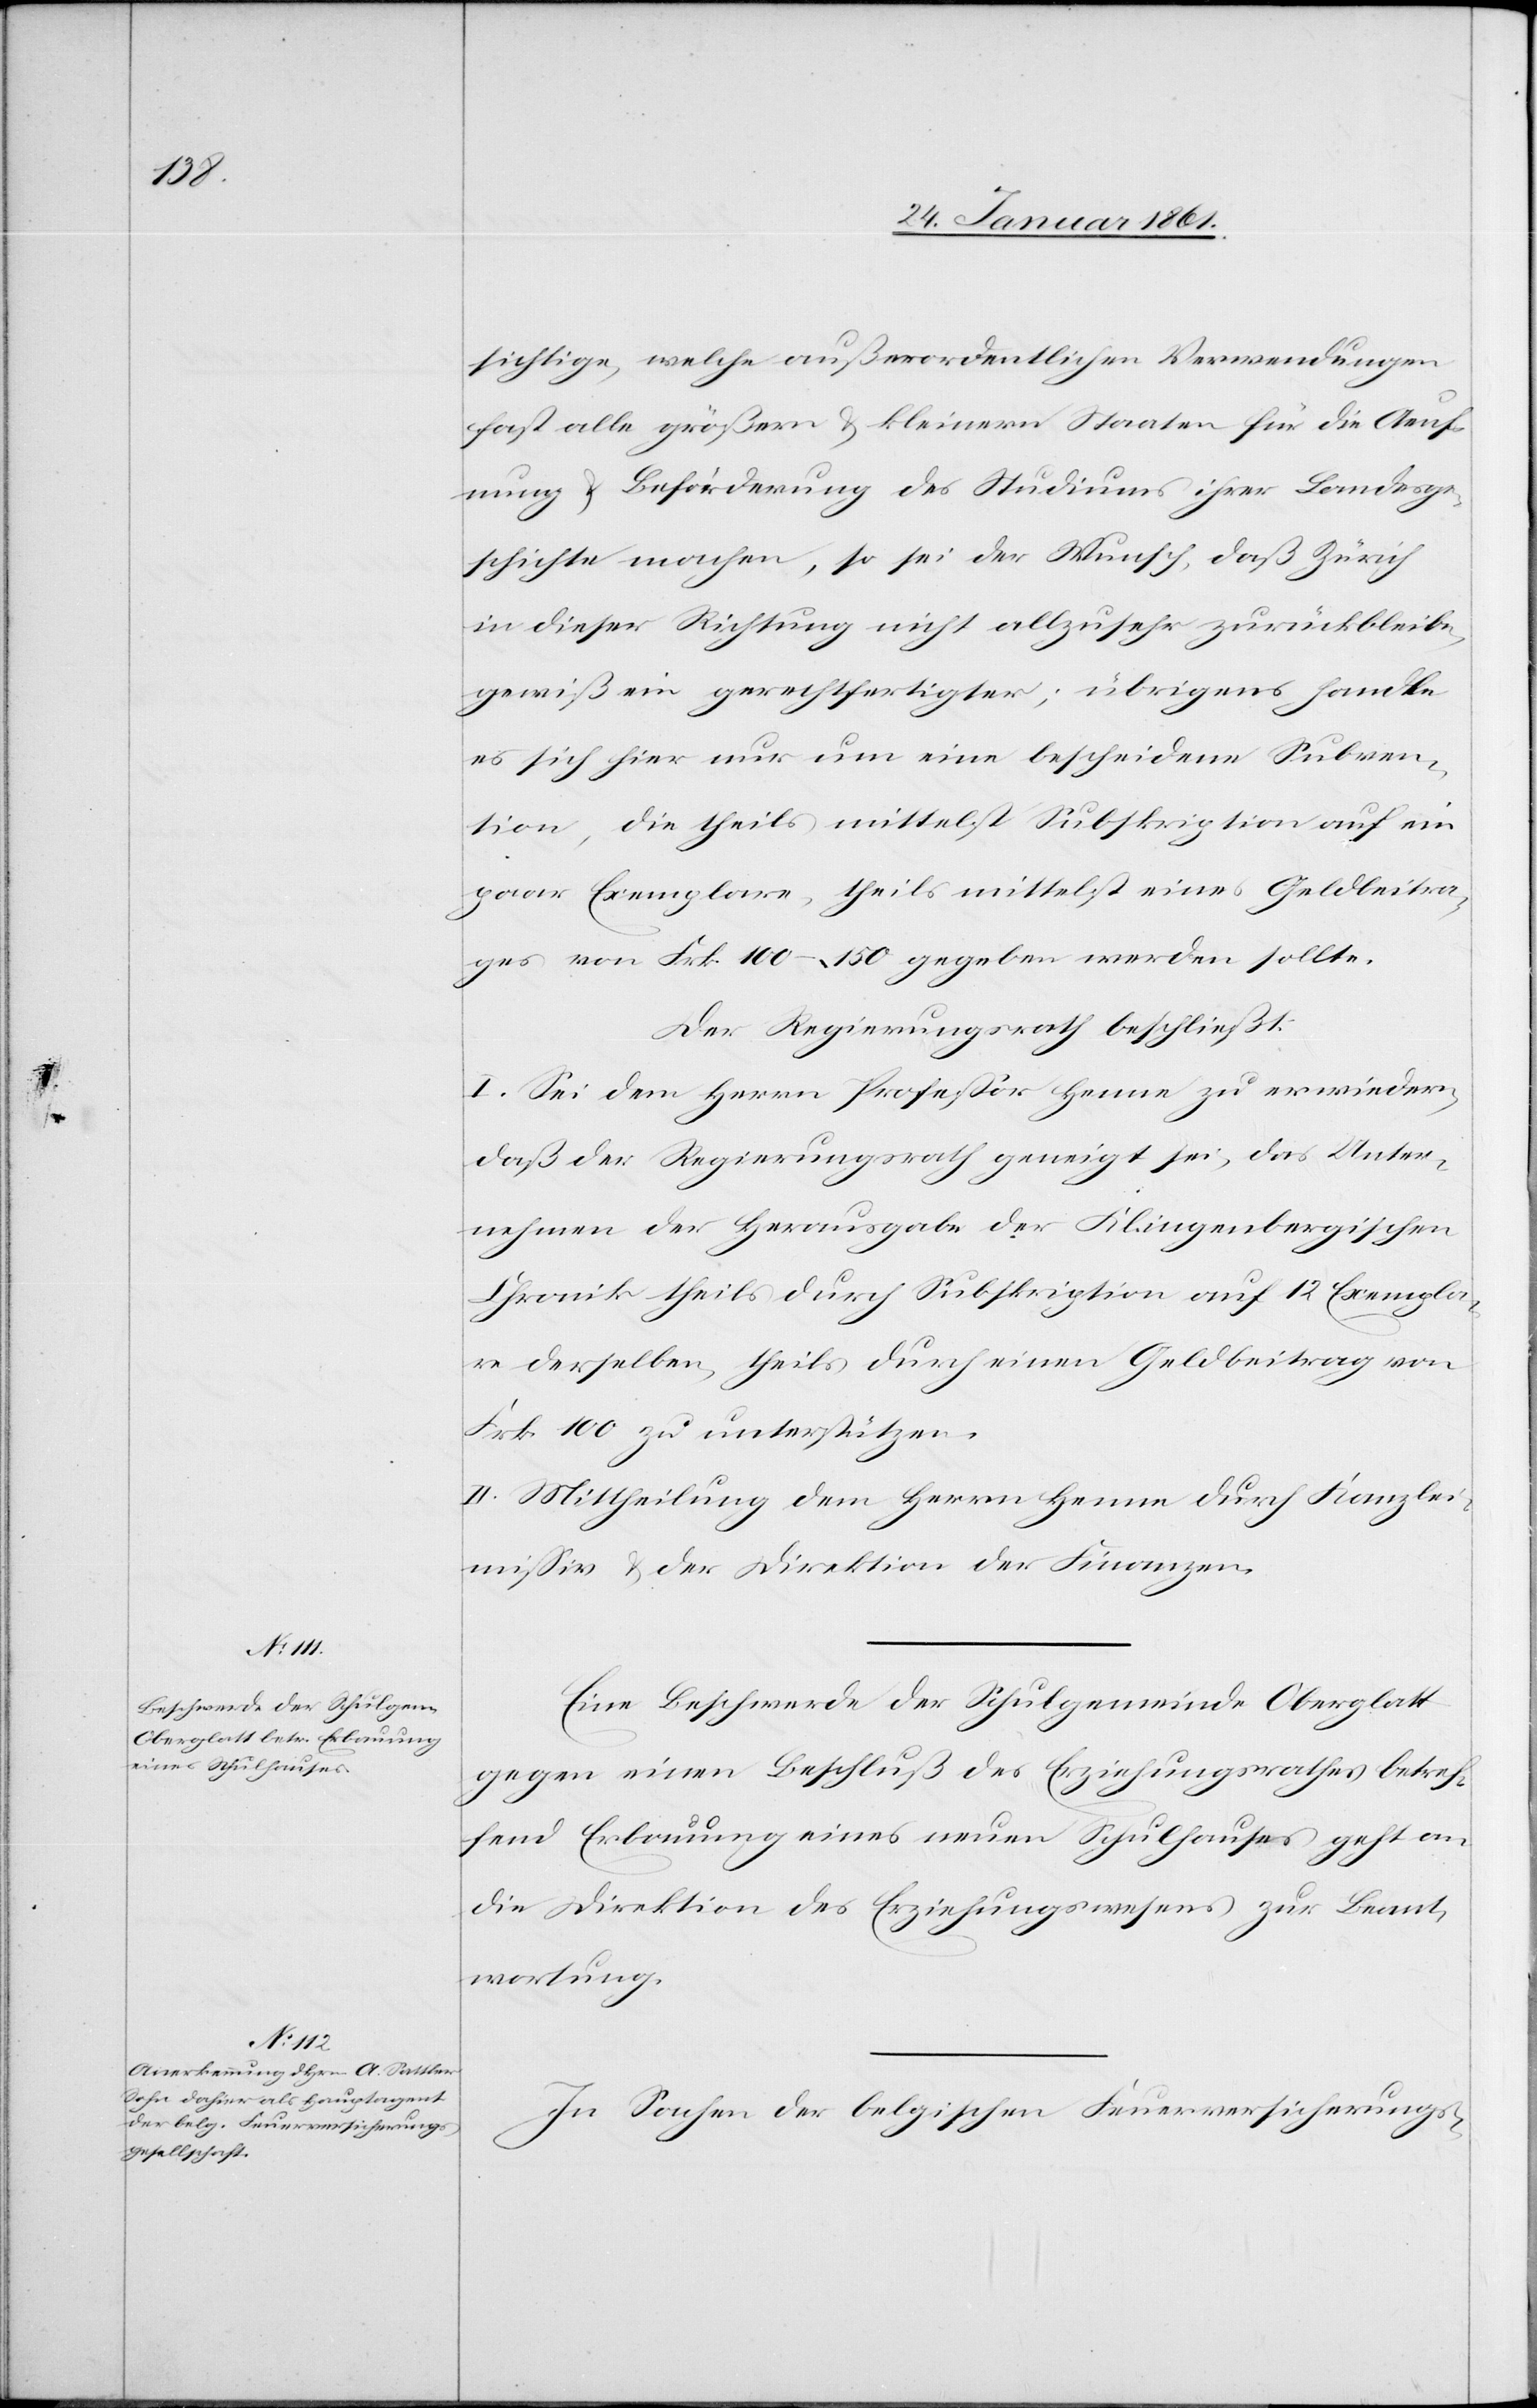
sichtige, welche außerordentlichen Verwendungen
fast alle größern u. kleinern Staaten für die Aeuf¬
nung u. Beförderung des Studiums ihrer Landsge¬
schichte machen, so sei der Wunsch, daß Zürich
in dieser Richtung nicht allzusehr zurückbleibe,
gewiß ein gerechtfertigter; übrigens handle
es sich hier nur um eine bescheidene Subven¬
tion, die theils mittelst Subskription auf ein
paar Exemplare, theils mittelst eines Geldbeitra¬
ges von Frk. 100–150 gegeben werden sollte.
Der Regierungsrath beschließt:
I. Sei dem Herrn Professor Henne zu erwiedern,
daß der Regierungsrath geneigt sei, das Unter¬
nehmen der Herausgabe der Klingenbergischen
Chronik theils durch Subskription auf 12 Exempla¬
re derselben, theils durch einen Geldbeitrag von
Frk. 100 zu unterstützen.
II. Mittheilung dem Herrn Henne durch Kanzlei¬
missiv u. der Direktion der Finanzen.
Eine Beschwerde der Schulgemeinde Oberglatt
gegen einen Beschluß des Erziehungsrathes betref¬
fend Erbauung eines neuen Schulhauses geht an
die Direktion des Erziehungswesens zur Beant¬
wortung.
In Sachen der belgischen Feuerversicherungs-